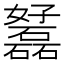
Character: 𡤟